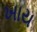
ખાય